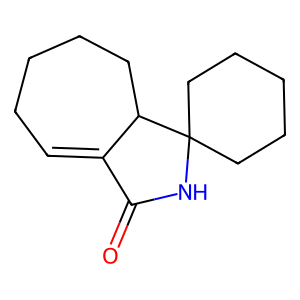
SMILES: O=C1NC2(CCCCC2)C2CCCCC=C12
Inhibits HIV replication: No